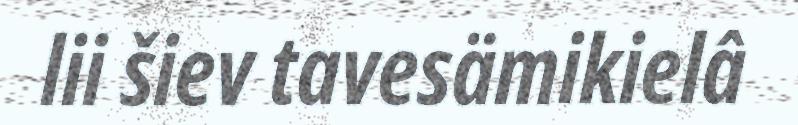
lii šiev tavesämikielâ